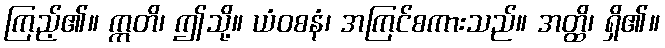
ကြည့်၏။ ဣတိ၊ ဤသို့။ ယံဝစနံ၊ အကြင်စကားသည်။ အတ္ထိ၊ ရှိ၏။